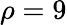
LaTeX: \rho=9